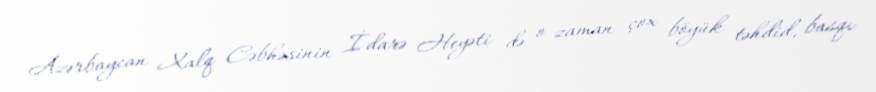
Azərbaycan Xalq Cəbhəsinin İdarə Heyəti də o zaman çox böyük təhdid, basqı